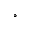
^ \circ